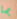
بما